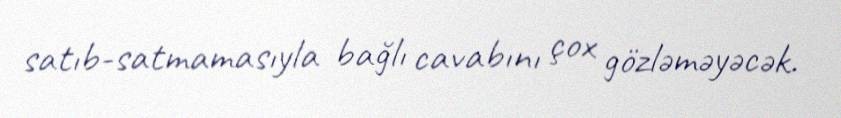
satıb-satmamasıyla bağlı cavabını çox gözləməyəcək.